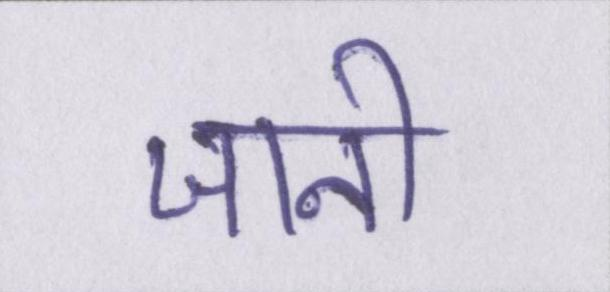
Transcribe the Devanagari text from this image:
जानी